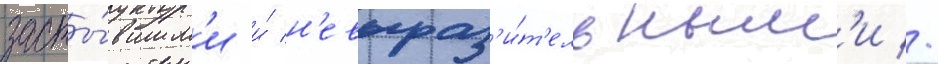
засты́вшим'и и́ н'евыраз'и́т'ельным'и //